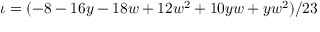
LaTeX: \iota = ( - 8 - 1 6 y - 1 8 w + 1 2 w ^ { 2 } + 1 0 y w + y w ^ { 2 } ) / 2 3